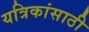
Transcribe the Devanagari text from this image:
यत्रिकांसाठी